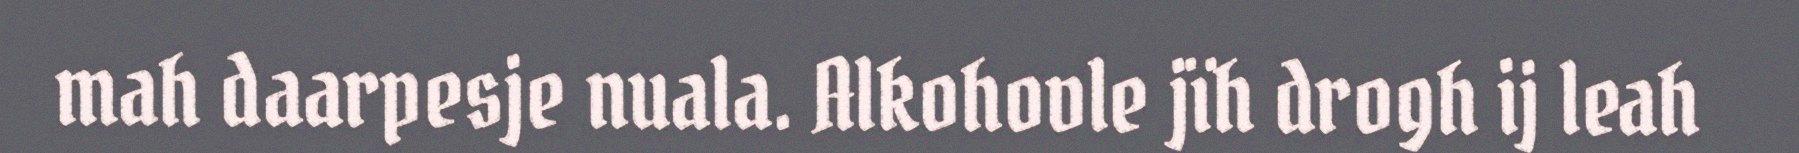
mah daarpesje nuala. Alkohovle jïh drogh ij leah